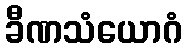
ခီဏသံယောဂံ